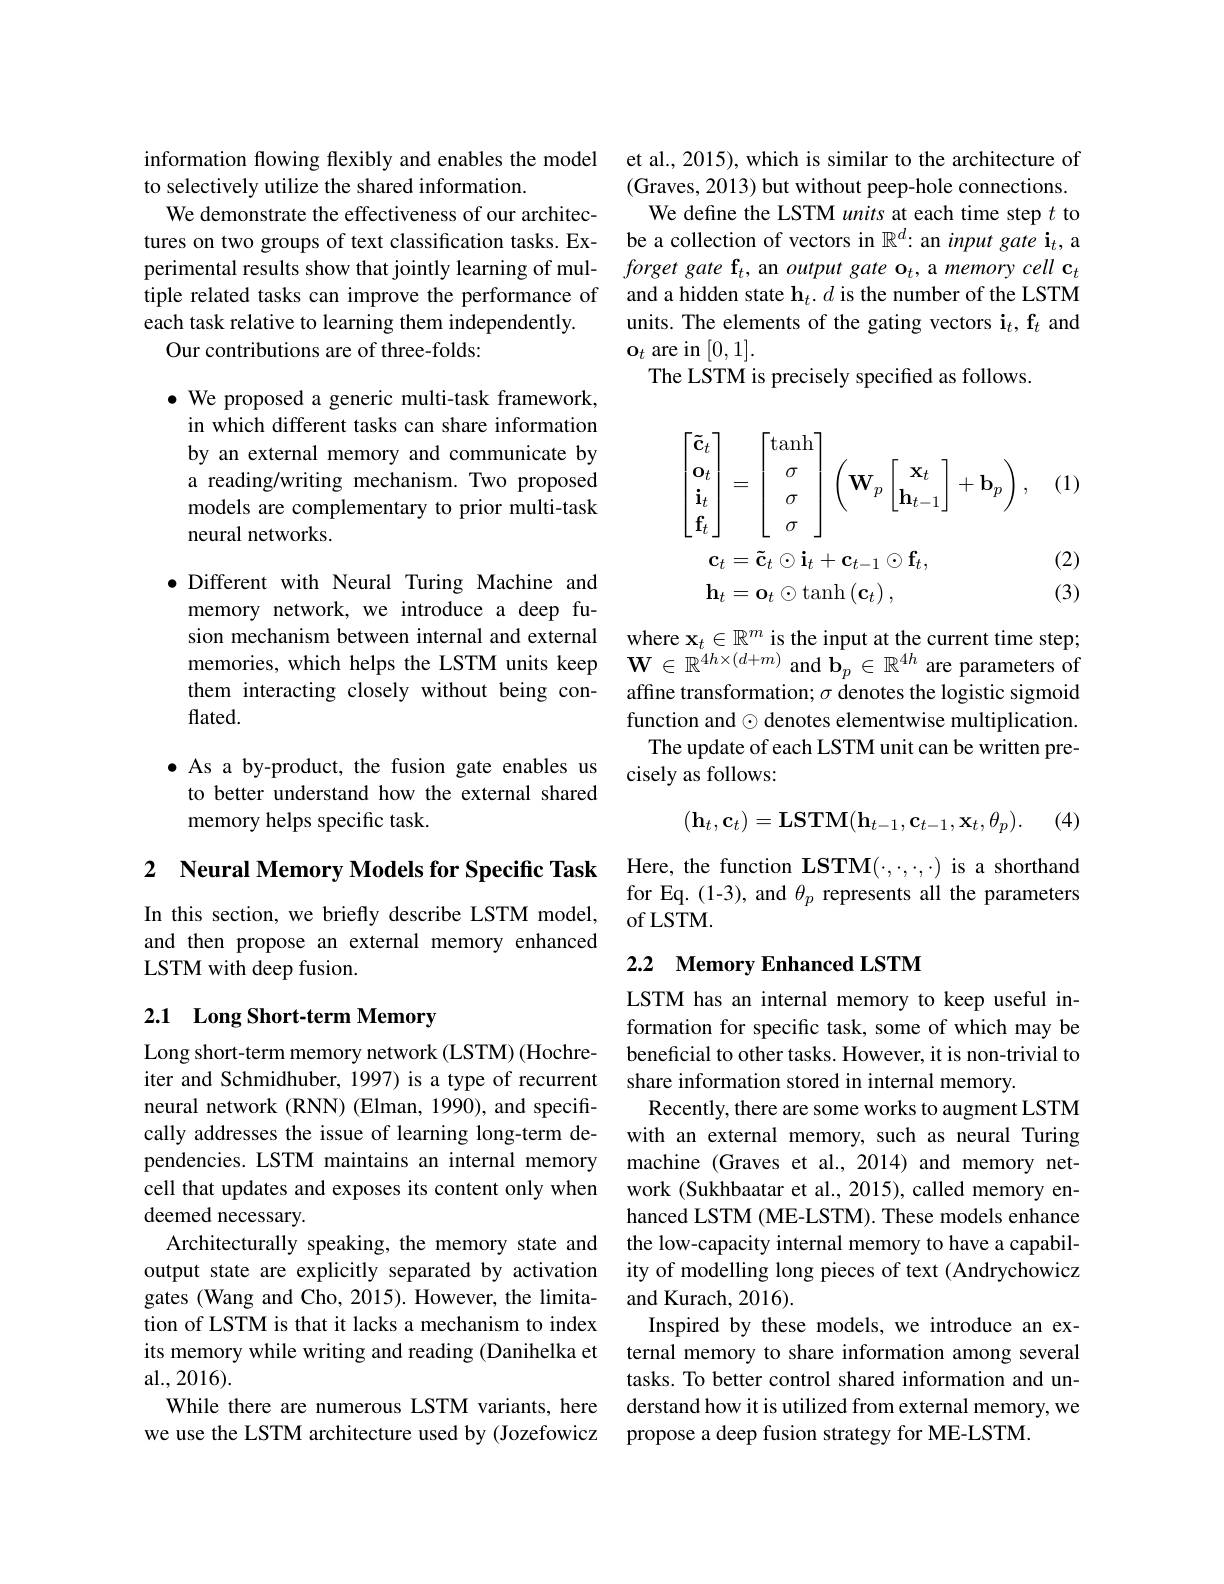
information flowing flexibly and enables the model
to selectively utilize the shared information.
We demonstrate the effectiveness of our architec-
tures on two groups of text classification tasks. Ex- be a collection of vectors in $\mathbb{R}^d:$ an input gate $\mathrm{i}_t$,a
perimental results show that jointly learning of multiple related tasks can improve the performance of each task relative to learning them independently.
Our contributions are of three-folds:

$\bullet$ We proposed a generic multi-task framework, in which different tasks can share information by an external memory and communicate by a reading/writing mechanism. Two proposed models are complementary to prior multi-task neural networks.

$\bullet$ Different with Neural Turing Machine and memory network, we introduce a deep fusion mechanism between internal and external where $\mathbf{x}_t\in\mathbb{R}^m$ is the input at the current time step; memories, which helps the LSTM units keep $\mathbf{W}\in\mathbb{R}^{4h\times(d+m)}$ and $\mathbf{b}_p\in\mathbb{R}^{4h}$ are parameters of them interacting closely without being con-
flated.

·As a by-product, the fusion gate enables us
to better understand how the external shared
memory helps specific task.

2 Neural Memory Models for Specific Task

In this section, we briefly describe LSTM model, and then propose an external memory enhanced LSTM with deep fusion.

# 2.1 Long Short-term Memory

Long short-term memory network (LSTM) (Hochreneural network (RNN) (Elman, 1990), and specificell that updates and exposes its content only when deemed necessary.
tion of LSTM is that it lacks a mechanism to index
al.,2016).

et al., 2015), which is similar to the architecture of (Graves, 2013) but without peep-hole connections. We define the LSTM units at each time step $t$ to
forget gate f$_t$, an output gate o$_t$,a memory cell c$_t$ and a hidden state $\mathbf{h}_t.d$ is the number of the LSTM units. The elements of the gating vectors $\mathbf{i}_t,\mathbf{f}_t$ and $\mathbf{o}_{t}$ are in [0,1].
The LSTM is precisely specified as follows

(1)
$$\begin{aligned}\begin{bmatrix}\mathbf{\tilde{c}}_t\\\mathbf{o}_t\\\mathbf{i}_t\\\mathbf{f}_t\end{bmatrix}&=\begin{bmatrix}\tanh\\\sigma\\\sigma\\\sigma\end{bmatrix}\left(\mathbf{W}_p\begin{bmatrix}\mathbf{x}_t\\\mathbf{h}_{t-1}\end{bmatrix}+\mathbf{b}_p\right),\\\mathbf{c}_{t}&=\mathbf{\tilde{c}}_t\odot\mathbf{i}_t+\mathbf{c}_{t-1}\odot\mathbf{f}_t,\\\mathbf{h}_{t}&=\mathbf{o}_t\odot\operatorname{tanh}\left(\mathbf{c}_t\right),\end{aligned}$$
(2)

(3)

affine transformation; $\sigma$ denotes the logistic sigmoid function and $\odot$ denotes elementwise multiplication.
The update of each LSTM unit can be written pre-
cisely as follows:
$$(\mathbf{h}_t,\mathbf{c}_t)=\mathbf{LSTM}(\mathbf{h}_{t-1},\mathbf{c}_{t-1},\mathbf{x}_t,\theta_p).$$
(4

Here, the function LSTM(·,·,·,·) is a shorthand for Eq.(1-3), and $\theta_p$ represents all the parameters of LSTM.

## 2.2 Memory Enhanced LSTM

LSTM has an internal memory to keep useful information for specific task, some of which may be beneficial to other tasks. However, it is non-trivial to
iter and Schmidhuber, 1997) is a type of recurrent share information stored in internal memory.
Recently, there are some works to augment LSTM
cally addresses the issue of learning long-term de- with an external memory, such as neural Turing pendencies. LSTM maintains an internal memory machine (Graves et al., 2014) and memory net-
work (Sukhbaatar et al., 2015), called memory enhanced LSTM (ME-LSTM). These models enhance
Architecturally speaking, the memory state and the low-capacity internal memory to have a capabiloutput state are explicitly separated by activation ity of modelling long pieces of text (Andrychowicz gates (Wang and Cho, 2015). However, the limita- and Kurach, 2016).
Inspired by these models, we introduce an ex-
its memory while writing and reading (Danihelka et ternal memory to share information among several
tasks. To better control shared information and un-
While there are numerous LSTM variants, here derstand how it is utilized from external memory, we
we use the LSTM architecture used by (Jozefowicz propose a deep fusion strategy for ME-LSTM.